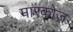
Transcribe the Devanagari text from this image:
मारकोज